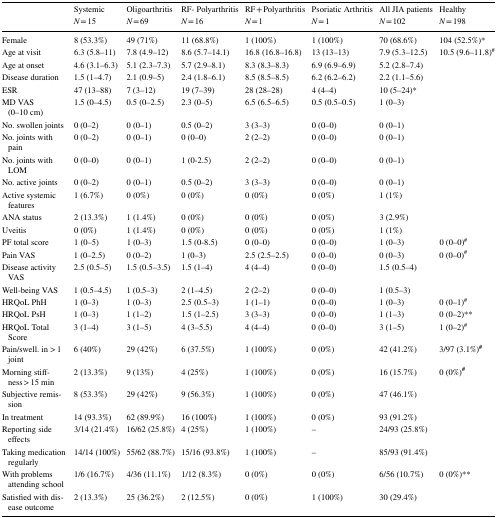
<table><thead><tr><td rowspan="2"></td><td><b>Systemic</b></td><td><b>Oligoarthritis</b></td><td><b>RF- Polyarthritis</b></td><td><b>RF + Polyarthritis</b></td><td><b>Psoriatic Arthritis</b></td><td><b>All JIA patients</b></td><td><b>Healthy</b></td></tr><tr><td><b><i>N</i> = 15</b></td><td><b><i>N</i> = 69</b></td><td><b><i>N</i> = 16</b></td><td><b><i>N</i> = 1</b></td><td><b><i>N</i> = 1</b></td><td><b><i>N</i> = 102</b></td><td><b><i>N</i> = 198</b></td></tr></thead><tbody><tr><td>Female</td><td>8 (53.3%)</td><td>49 (71%)</td><td>11 (68.8%)</td><td>1 (100%)</td><td>1 (100%)</td><td>70 (68.6%)</td><td>104 (52.5%)*</td></tr><tr><td>Age at visit</td><td>6.3 (5.8–11)</td><td>7.8 (4.9–12)</td><td>8.6 (5.7–14.1)</td><td>16.8 (16.8–16.8)</td><td>13 (13–13)</td><td>7.9 (5.3–12.5)</td><td>10.5 (9.6–11.8)<sup>#</sup></td></tr><tr><td>Age at onset</td><td>4.6 (3.1–6.3)</td><td>5.1 (2.3–7.3)</td><td>5.7 (2.9–8.1)</td><td>8.3 (8.3–8.3)</td><td>6.9 (6.9–6.9)</td><td>5.2 (2.8–7.4)</td><td></td></tr><tr><td>Disease duration</td><td>1.5 (1–4.7)</td><td>2.1 (0.9–5)</td><td>2.4 (1.8–6.1)</td><td>8.5 (8.5–8.5)</td><td>6.2 (6.2–6.2)</td><td>2.2 (1.1–5.6)</td><td></td></tr><tr><td>ESR</td><td>47 (13–88)</td><td>7 (3–12)</td><td>19 (7–39)</td><td>28 (28–28)</td><td>4 (4–4)</td><td>10 (5–24)*</td><td></td></tr><tr><td>MD VAS (0–10 cm)</td><td>1.5 (0–4.5)</td><td>0.5 (0–2.5)</td><td>2.3 (0–5)</td><td>6.5 (6.5–6.5)</td><td>0.5 (0.5–0.5)</td><td>1 (0–3)</td><td></td></tr><tr><td>No. swollen joints</td><td>0 (0–2)</td><td>0 (0–1)</td><td>0.5 (0–2)</td><td>3 (3–3)</td><td>0 (0–0)</td><td>0 (0–1)</td><td></td></tr><tr><td>No. joints with pain</td><td>0 (0–2)</td><td>0 (0–1)</td><td>0 (0–0)</td><td>2 (2–2)</td><td>0 (0–0)</td><td>0 (0–1)</td><td></td></tr><tr><td>No. joints with LOM</td><td>0 (0–0)</td><td>0 (0–1)</td><td>1 (0-2.5)</td><td>2 (2–2)</td><td>0 (0–0)</td><td>0 (0–1)</td><td></td></tr><tr><td>No. active joints</td><td>0 (0–2)</td><td>0 (0–1)</td><td>0.5 (0–2)</td><td>3 (3–3)</td><td>0 (0–0)</td><td>0 (0–1)</td><td></td></tr><tr><td>Active systemic features</td><td>1 (6.7%)</td><td>0 (0%)</td><td>0 (0%)</td><td>0 (0%)</td><td>0 (0%)</td><td>1 (1%)</td><td></td></tr><tr><td>ANA status</td><td>2 (13.3%)</td><td>1 (1.4%)</td><td>0 (0%)</td><td>0 (0%)</td><td>0 (0%)</td><td>3 (2.9%)</td><td></td></tr><tr><td>Uveitis</td><td>0 (0%)</td><td>1 (1.4%)</td><td>0 (0%)</td><td>0 (0%)</td><td>0 (0%)</td><td>1 (1%)</td><td></td></tr><tr><td>PF total score</td><td>1 (0–5)</td><td>1 (0–3)</td><td>1.5 (0-8.5)</td><td>0 (0–0)</td><td>0 (0–0)</td><td>1 (0–3)</td><td>0 (0–0)<sup>#</sup></td></tr><tr><td>Pain VAS</td><td>1 (0–2.5)</td><td>0 (0–2)</td><td>1 (0–3)</td><td>2.5 (2.5–2.5)</td><td>0 (0–0)</td><td>0 (0–3)</td><td>0 (0–0)<sup>#</sup></td></tr><tr><td>Disease activity VAS</td><td>2.5 (0.5–5)</td><td>1.5 (0.5–3.5)</td><td>1.5 (1–4)</td><td>4 (4–4)</td><td>0 (0–0)</td><td>1.5 (0.5–4)</td><td></td></tr><tr><td>Well-being VAS</td><td>1 (0.5–4.5)</td><td>1 (0.5–3)</td><td>2 (1–4.5)</td><td>2 (2–2)</td><td>0 (0–0)</td><td>1 (0.5–3)</td><td></td></tr><tr><td>HRQoL PhH</td><td>1 (0–3)</td><td>1 (0–3)</td><td>2.5 (0.5–3)</td><td>1 (1–1)</td><td>0 (0–0)</td><td>1 (0–3)</td><td>0 (0–1)<sup>#</sup></td></tr><tr><td>HRQoL PsH</td><td>1 (0–3)</td><td>1 (1–2)</td><td>1.5 (1–2.5)</td><td>3 (3–3)</td><td>0 (0–0)</td><td>1 (1–3)</td><td>0 (0–2)**</td></tr><tr><td>HRQoL Total Score</td><td>3 (1–4)</td><td>3 (1–5)</td><td>4 (3–5.5)</td><td>4 (4–4)</td><td>0 (0–0)</td><td>3 (1–5)</td><td>1 (0–2)<sup>#</sup></td></tr><tr><td>Pain/swell. in &gt; 1 joint</td><td>6 (40%)</td><td>29 (42%)</td><td>6 (37.5%)</td><td>1 (100%)</td><td>0 (0%)</td><td>42 (41.2%)</td><td>3/97 (3.1%)<sup><b>#</b></sup></td></tr><tr><td>Morning stiffness &gt; 15 min</td><td>2 (13.3%)</td><td>9 (13%)</td><td>4 (25%)</td><td>1 (100%)</td><td>0 (0%)</td><td>16 (15.7%)</td><td>0 (0%)<sup><b>#</b></sup></td></tr><tr><td>Subjective remission</td><td>8 (53.3%)</td><td>29 (42%)</td><td>9 (56.3%)</td><td>1 (100%)</td><td>0 (0%)</td><td>47 (46.1%)</td><td></td></tr><tr><td>In treatment</td><td>14 (93.3%)</td><td>62 (89.9%)</td><td>16 (100%)</td><td>1 (100%)</td><td>0 (0%)</td><td>93 (91.2%)</td><td></td></tr><tr><td>Reporting side effects</td><td>3/14 (21.4%)</td><td>16/62 (25.8%)</td><td>4 (25%)</td><td>1 (100%)</td><td>–</td><td>24/93 (25.8%)</td><td></td></tr><tr><td>Taking medication regularly</td><td>14/14 (100%)</td><td>55/62 (88.7%)</td><td>15/16 (93.8%)</td><td>1 (100%)</td><td>–</td><td>85/93 (91.4%)</td><td></td></tr><tr><td>With problems attending school</td><td>1/6 (16.7%)</td><td>4/36 (11.1%)</td><td>1/12 (8.3%)</td><td>0 (0%)</td><td>0 (0%)</td><td>6/56 (10.7%)</td><td>0 (0%)**</td></tr><tr><td>Satisfied with disease outcome</td><td>2 (13.3%)</td><td>25 (36.2%)</td><td>2 (12.5%)</td><td>0 (0%)</td><td>1 (100%)</td><td>30 (29.4%)</td><td></td></tr></tbody></table>